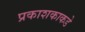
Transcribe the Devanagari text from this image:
प्रकाशकाकडे